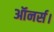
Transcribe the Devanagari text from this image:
ऑनर्स।